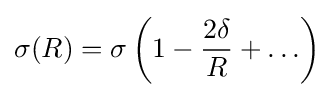
\sigma (R)=\sigma \left(1-{\frac {2\delta }{R}}+\ldots \right)